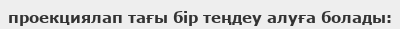
проекциялап тағы бір теңдеу алуға болады: